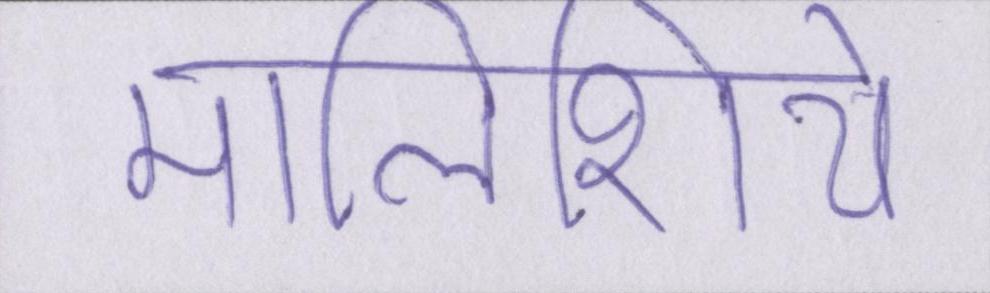
मालिशिये